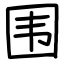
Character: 围